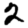
Digit: 2